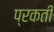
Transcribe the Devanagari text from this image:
प्रकती